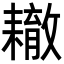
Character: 𦔞